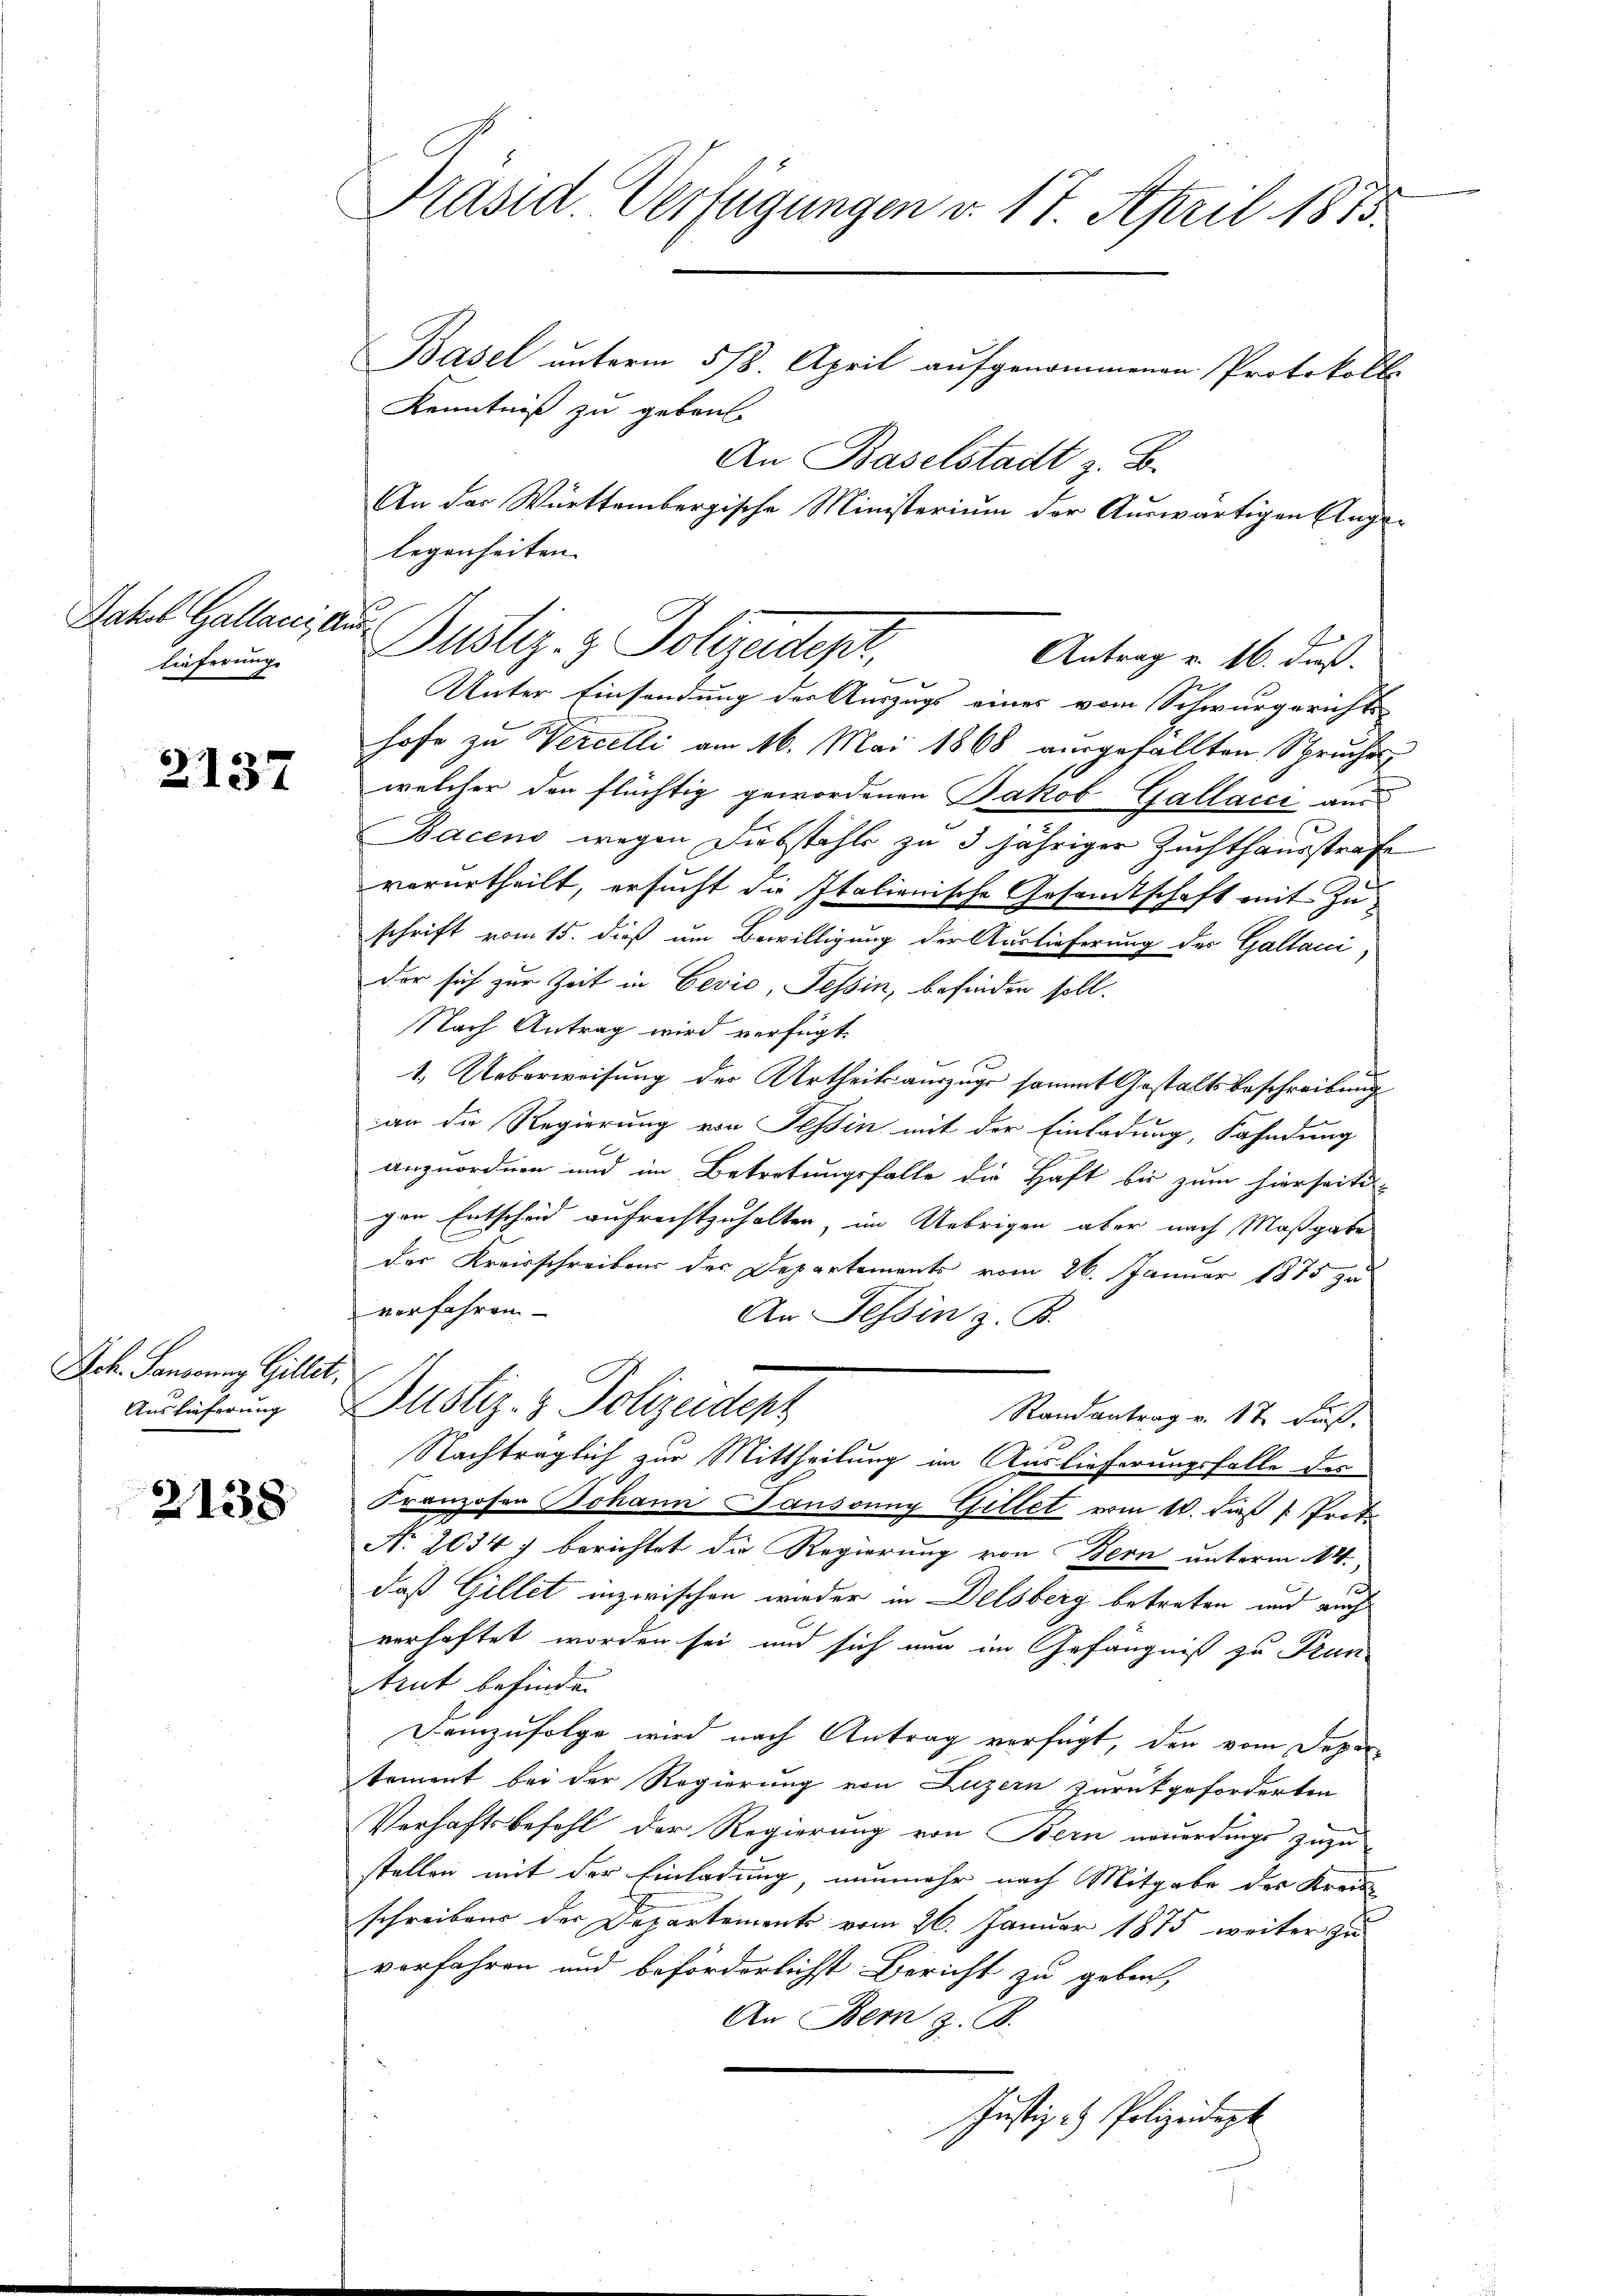
Jakob Gallacs, Aus
lieferung.

2137

Joh. Landerung Gillet,
Auslieferung

2138

Präsid. Verfügungen d. 17. April 1873.

Basel unterm 5/8. April aufgenommenen Protokoll-
Kenntniß zu gebaut
An Baselstadt z. B.
An der Württembergische Ministerium der Auswärtigen Angalegenheiten |
Dustiz- & Polizeidept,
Unter Einsendung der Auszugs eines vom Schwurgerichts-
hofe zu Wercelli am 16. Mai 1868 ausgefallten Spruches
welcher der flüchtig gewordenen Jakob Gallacci aus
Bacens wegen Diebstahls zu 3 jähriger Zuchthausstrafe
verurtheilt, ersucht die Italienische Gesamtschaft mit Zuschrift vom 15. dieß um Bewilligung der Auslieferung des Gallani,
der sich zur Zeit in Gević, Tessin, befinden soll.
Nach Antrag wird verfügt:
1. Ueberweisung des Urtheilsauszuge sommt Gestaltsbeschreibung
an die Regierung von Tessin mit der Einladung, Fahndung
anzuordnen und im Betretungsfalle die Haft bis zum hierseiti-
gen Entscheid aufrechtzuhalten, im Uebrigen aber nach Maßgabe
der Kreisschreibens des Departements vom 26. Januar 1875 zu
verfahren
An Tessin z. B.
Justiz- & Polizeidenz
Randantrag v. 17. Fuß.
Nachträglich zur Mittheilung im Auslieferungsfalle des
Franzosen Johann Paussung Gillet vom 14. daß 1 Trot
Nr. 2034 f berichtet die Regierung von Bern unterm 14.,
daß Gillet inzwischen wieder in Delsberg betreten und auch
verhaftet worden sei und sich nun im Gefängniß zu Frantrut befinden
Demzufolge wird nach Antrag verfügt, den vom Depar
tement bei der Regierung von Luzern zurückgeforderten
Verhaftsbefehl der Regierung von Bern neuerdings zuzu-
stellen mit der Einladung, nunmehr nach Mitgabe des Kreis-
schreiben der Departement vom 26. Januar 1875 weiter zu
vorfahren und beförderlichst Bericht zu geben,
An Bern z. B.
Justiz- & Polizeident

Antrag v. 16. dieß.